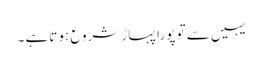
یہیں سے تو پورا پہاڑ شروع ہو تاہے ۔